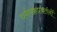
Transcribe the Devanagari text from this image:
धर्मचक्रप्रवर्तनों